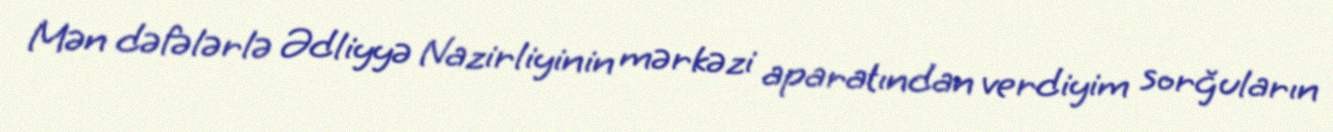
Mən dəfələrlə Ədliyyə Nazirliyinin mərkəzi aparatından verdiyim sorğuların